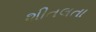
શીતલતા